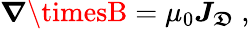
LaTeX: {\boldsymbol{\nabla\timesB}}=\mu_{0}{\boldsymbol{J_{\mathfrak{D}}}}\ ,